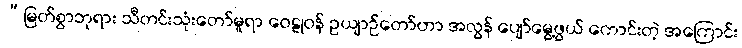
“မြတ်စွာဘုရား သီတင်းသုံးတော်မူရာ ဝေဠုဝန် ဥယျာဉ်တော်ဟာ အလွန် ပျော်မွေ့ဖွယ် ကောင်းတဲ့ အကြောင်း